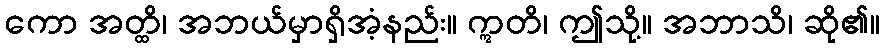
ကော အတ္ထိ၊ အဘယ်မှာရှိအံ့နည်း။ ဣတိ၊ ဤသို့။ အဘာသိ၊ ဆို၏။